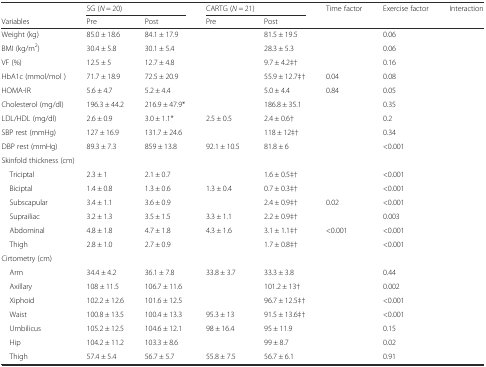
<table><thead><tr><td>[EMPTY_CELL]</td><td colspan="2"><b>SG (<i>N</i> = 20)</b></td><td colspan="2"><b>CARTG (<i>N</i> = 21)</b></td><td><b>Time factor</b></td><td><b>Exercise factor</b></td><td><b>Interaction</b></td></tr><tr><td><b>Variables</b></td><td><b>Pre</b></td><td><b>Post</b></td><td><b>Pre</b></td><td><b>Post</b></td><td>[EMPTY_CELL]</td><td>[EMPTY_CELL]</td><td>[EMPTY_CELL]</td></tr></thead><tbody><tr><td>Weight (kg)</td><td>85.0 ± 18.6</td><td>84.1 ± 17.9</td><td>[EMPTY_CELL]</td><td>81.5 ± 19.5</td><td>[EMPTY_CELL]</td><td>0.06</td><td>[EMPTY_CELL]</td></tr><tr><td>BMI (kg/m<sup>2</sup>)</td><td>30.4 ± 5.8</td><td>30.1 ± 5.4</td><td>[EMPTY_CELL]</td><td>28.3 ± 5.3</td><td>[EMPTY_CELL]</td><td>0.06</td><td>[EMPTY_CELL]</td></tr><tr><td>VF (%)</td><td>12.5 ± 5</td><td>12.7 ± 4.8</td><td>[EMPTY_CELL]</td><td>9.7 ± 4.2‡†</td><td>[EMPTY_CELL]</td><td>0.16</td><td>[EMPTY_CELL]</td></tr><tr><td>HbA1c (mmol/mol )</td><td>71.7 ± 18.9</td><td>72.5 ± 20.9</td><td>[EMPTY_CELL]</td><td>55.9 ± 12.7‡†</td><td>0.04</td><td>0.08</td><td>[EMPTY_CELL]</td></tr><tr><td>HOMA-IR</td><td>5.6 ± 4.7</td><td>5.2 ± 4.4</td><td>[EMPTY_CELL]</td><td>5.0 ± 4.4</td><td>0.84</td><td>0.05</td><td>[EMPTY_CELL]</td></tr><tr><td>Cholesterol (mg/dl)</td><td>196.3 ± 44.2</td><td>216.9 ± 47.9*</td><td>[EMPTY_CELL]</td><td>186.8 ± 35.1</td><td>[EMPTY_CELL]</td><td>0.35</td><td>[EMPTY_CELL]</td></tr><tr><td>LDL/HDL (mg/dl)</td><td>2.6 ± 0.9</td><td>3.0 ± 1.1*</td><td>2.5 ± 0.5</td><td>2.4 ± 0.6†</td><td>[EMPTY_CELL]</td><td>0.2</td><td>[EMPTY_CELL]</td></tr><tr><td>SBP rest (mmHg)</td><td>127 ± 16.9</td><td>131.7 ± 24.6</td><td>[EMPTY_CELL]</td><td>118 ± 12‡†</td><td>[EMPTY_CELL]</td><td>0.34</td><td>[EMPTY_CELL]</td></tr><tr><td>DBP rest (mmHg)</td><td>89.3 ± 7.3</td><td>859 ± 13.8</td><td>92.1 ± 10.5</td><td>81.8 ± 6</td><td>[EMPTY_CELL]</td><td>&lt;0.001</td><td>[EMPTY_CELL]</td></tr><tr><td colspan="8">Skinfold thickness (cm)</td></tr><tr><td> Triciptal</td><td>2.3 ± 1</td><td>2.1 ± 0.7</td><td>[EMPTY_CELL]</td><td>1.6 ± 0.5‡†</td><td>[EMPTY_CELL]</td><td>&lt;0.001</td><td>[EMPTY_CELL]</td></tr><tr><td> Biciptal</td><td>1.4 ± 0.8</td><td>1.3 ± 0.6</td><td>1.3 ± 0.4</td><td>0.7 ± 0.3‡†</td><td>[EMPTY_CELL]</td><td>&lt;0.001</td><td>[EMPTY_CELL]</td></tr><tr><td> Subscapular</td><td>3.4 ± 1.1</td><td>3.6 ± 0.9</td><td>[EMPTY_CELL]</td><td>2.4 ± 0.9‡†</td><td>0.02</td><td>&lt;0.001</td><td>[EMPTY_CELL]</td></tr><tr><td> Suprailiac</td><td>3.2 ± 1.3</td><td>3.5 ± 1.5</td><td>3.3 ± 1.1</td><td>2.2 ± 0.9‡†</td><td>[EMPTY_CELL]</td><td>0.003</td><td>[EMPTY_CELL]</td></tr><tr><td> Abdominal</td><td>4.8 ± 1.8</td><td>4.7 ± 1.8</td><td>4.3 ± 1.6</td><td>3.1 ± 1.1‡†</td><td>&lt;0.001</td><td>&lt;0.001</td><td>[EMPTY_CELL]</td></tr><tr><td> Thigh</td><td>2.8 ± 1.0</td><td>2.7 ± 0.9</td><td>[EMPTY_CELL]</td><td>1.7 ± 0.8‡†</td><td>[EMPTY_CELL]</td><td>&lt;0.001</td><td>[EMPTY_CELL]</td></tr><tr><td colspan="8">Cirtometry (cm)</td></tr><tr><td> Arm</td><td>34.4 ± 4.2</td><td>36.1 ± 7.8</td><td>33.8 ± 3.7</td><td>33.3 ± 3.8</td><td>[EMPTY_CELL]</td><td>0.44</td><td>[EMPTY_CELL]</td></tr><tr><td> Axillary</td><td>108 ± 11.5</td><td>106.7 ± 11.6</td><td>[EMPTY_CELL]</td><td>101.2 ± 13†</td><td>[EMPTY_CELL]</td><td>0.002</td><td>[EMPTY_CELL]</td></tr><tr><td> Xiphoid</td><td>102.2 ± 12.6</td><td>101.6 ± 12.5</td><td>[EMPTY_CELL]</td><td>96.7 ± 12.5‡†</td><td>[EMPTY_CELL]</td><td>&lt;0.001</td><td>[EMPTY_CELL]</td></tr><tr><td> Waist</td><td>100.8 ± 13.5</td><td>100.4 ± 13.3</td><td>95.3 ± 13</td><td>91.5 ± 13.6‡†</td><td>[EMPTY_CELL]</td><td>&lt;0.001</td><td>[EMPTY_CELL]</td></tr><tr><td> Umbilicus</td><td>105.2 ± 12.5</td><td>104.6 ± 12.1</td><td>98 ± 16.4</td><td>95 ± 11.9</td><td>[EMPTY_CELL]</td><td>0.15</td><td>[EMPTY_CELL]</td></tr><tr><td> Hip</td><td>104.2 ± 11.2</td><td>103.3 ± 8.6</td><td>[EMPTY_CELL]</td><td>99 ± 8.7</td><td>[EMPTY_CELL]</td><td>0.02</td><td>[EMPTY_CELL]</td></tr><tr><td> Thigh</td><td>57.4 ± 5.4</td><td>56.7 ± 5.7</td><td>55.8 ± 7.5</td><td>56.7 ± 6.1</td><td>[EMPTY_CELL]</td><td>0.91</td><td>[EMPTY_CELL]</td></tr></tbody></table>